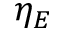
\eta _ { E }